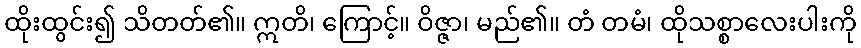
ထိုးထွင်း၍ သိတတ်၏။ ဣတိ၊ ကြောင့်။ ဝိဇ္ဇာ၊ မည်၏။ တံ တမံ၊ ထိုသစ္စာလေးပါးကို